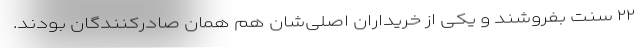
۲۲ سنت بفروشند و یکی از خریداران اصلی‌شان هم همان صادرکنندگان بودند.